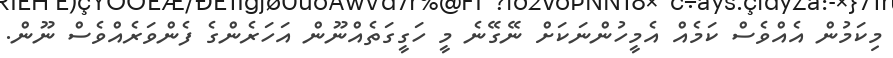
މިކަމުން އެއްވެސް ކަމެއް އެމީހުންނަކަށް ނޭގޭނެ މީ ހަގީގަތެއްނޫން އަހަރެންގެ ފެންވަރެއްވެސް ނޫން.